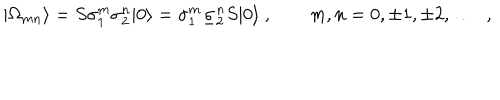
| \Omega _ { m n } \rangle = S \sigma _ { 1 } ^ { m } \sigma _ { 2 } ^ { n } | 0 \rangle = \sigma _ { 1 } ^ { m } \underline { { { \sigma } } } _ { 2 } ^ { n } S | 0 \rangle \ , \qquad m , n = 0 , \pm 1 , \pm 2 , \ldots \ \ ,